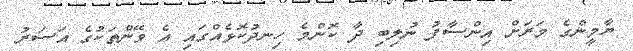
ޔާމީންގެ މަރަށް އިންސާފު ނުލިބި ދާ ކޮންމެ ހިނދުކޮޅެއްގައި އެ ވޭންތަކުގެ އަސަރު